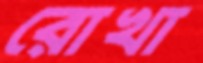
রোখা